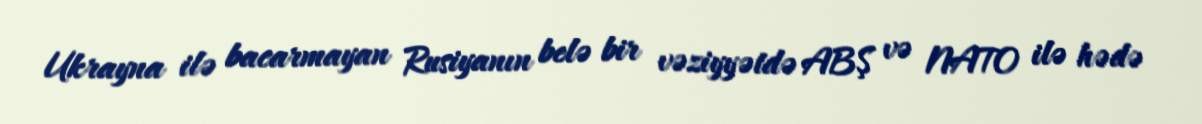
Ukrayna ilə bacarmayan Rusiyanın belə bir vəziyyətdə ABŞ və NATO ilə hədə